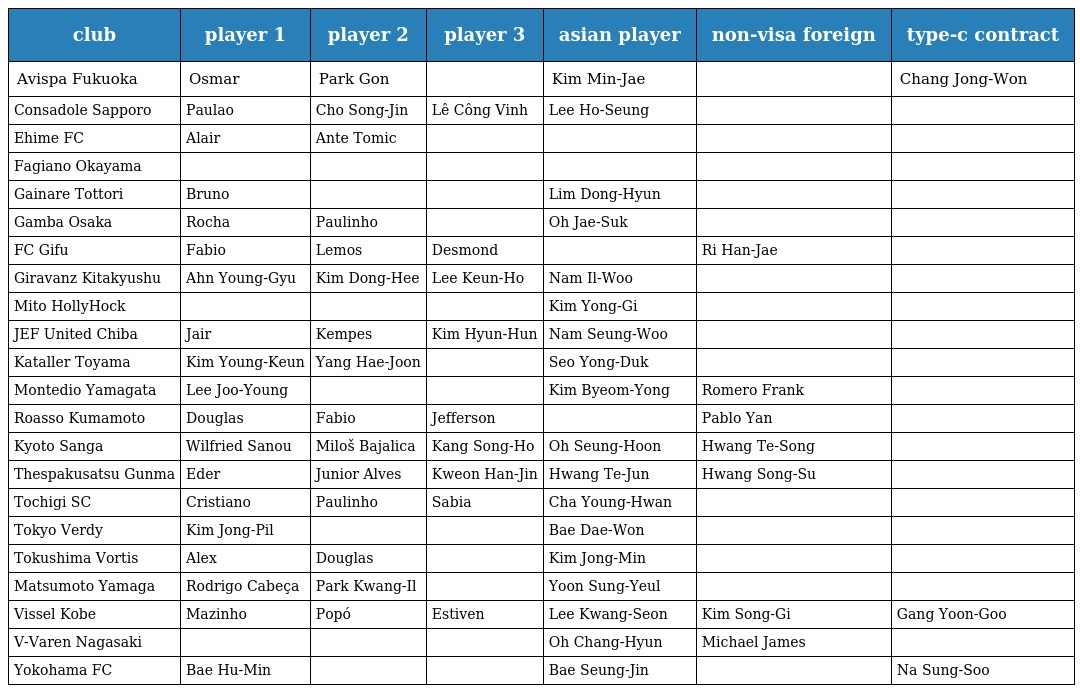
| club | player 1 | player 2 | player 3 | asian player | non-visa foreign | type-c contract |
 | --- | --- | --- | --- | --- | --- | --- |
 | Avispa Fukuoka | Osmar | Park Gon |  | Kim Min-Jae |  | Chang Jong-Won |
 | Consadole Sapporo | Paulao | Cho Song-Jin | Lê Công Vinh | Lee Ho-Seung |  |  |
 | Ehime FC | Alair | Ante Tomic |  |  |  |  |
 | Fagiano Okayama |  |  |  |  |  |  |
 | Gainare Tottori | Bruno |  |  | Lim Dong-Hyun |  |  |
 | Gamba Osaka | Rocha | Paulinho |  | Oh Jae-Suk |  |  |
 | FC Gifu | Fabio | Lemos | Desmond |  | Ri Han-Jae |  |
 | Giravanz Kitakyushu | Ahn Young-Gyu | Kim Dong-Hee | Lee Keun-Ho | Nam Il-Woo |  |  |
 | Mito HollyHock |  |  |  | Kim Yong-Gi |  |  |
 | JEF United Chiba | Jair | Kempes | Kim Hyun-Hun | Nam Seung-Woo |  |  |
 | Kataller Toyama | Kim Young-Keun | Yang Hae-Joon |  | Seo Yong-Duk |  |  |
 | Montedio Yamagata | Lee Joo-Young |  |  | Kim Byeom-Yong | Romero Frank |  |
 | Roasso Kumamoto | Douglas | Fabio | Jefferson |  | Pablo Yan |  |
 | Kyoto Sanga | Wilfried Sanou | Miloš Bajalica | Kang Song-Ho | Oh Seung-Hoon | Hwang Te-Song |  |
 | Thespakusatsu Gunma | Eder | Junior Alves | Kweon Han-Jin | Hwang Te-Jun | Hwang Song-Su |  |
 | Tochigi SC | Cristiano | Paulinho | Sabia | Cha Young-Hwan |  |  |
 | Tokyo Verdy | Kim Jong-Pil |  |  | Bae Dae-Won |  |  |
 | Tokushima Vortis | Alex | Douglas |  | Kim Jong-Min |  |  |
 | Matsumoto Yamaga | Rodrigo Cabeça | Park Kwang-Il |  | Yoon Sung-Yeul |  |  |
 | Vissel Kobe | Mazinho | Popó | Estiven | Lee Kwang-Seon | Kim Song-Gi | Gang Yoon-Goo |
 | V-Varen Nagasaki |  |  |  | Oh Chang-Hyun | Michael James |  |
 | Yokohama FC | Bae Hu-Min |  |  | Bae Seung-Jin |  | Na Sung-Soo |